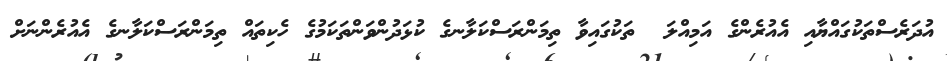
އުދަރެސްތަކުގައްޔާއި އެއުރެންގެ އަމިއްލަ  ތަކުގައިވާ ތިމަންރަސްކަލާނގެ ކުޅަދުންވަންތަކަމުގެ ހެކިތައް ތިމަންރަސްކަލާނގެ އެއުރެންނަށް